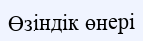
Өзіндік өнері